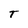
Character: T